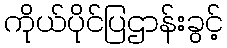
ကိုယ်ပိုင်ပြဌာန်းခွင့်